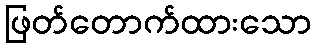
ဖြတ်တောက်ထားသော